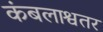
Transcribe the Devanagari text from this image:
कंबलाश्वतर